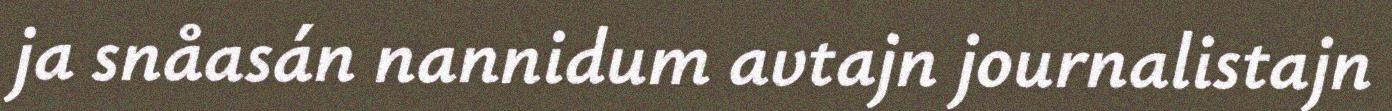
ja snåasán nannidum avtajn journalistajn